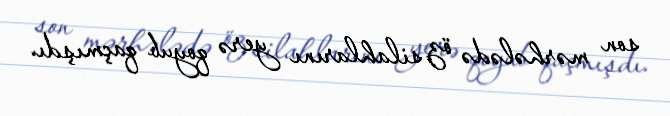
son mərhələdə öz silahlarını yerə qoyub qaçmışdı.